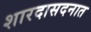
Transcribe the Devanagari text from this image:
शारदासदनात